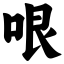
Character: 哏